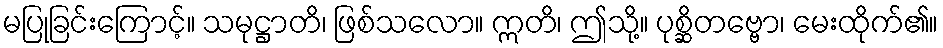
မပြုခြင်းကြောင့်။ သမုဋ္ဌာတိ၊ ဖြစ်သလော။ ဣတိ၊ ဤသို့။ ပုစ္ဆိတဗ္ဗော၊ မေးထိုက်၏။